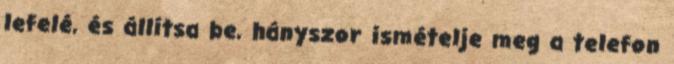
lefelé, és állítsa be, hányszor ismételje meg a telefon